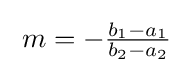
\;m=-{\tfrac {b_{1}-a_{1}}{b_{2}-a_{2}}}